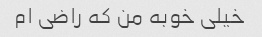
خیلی خوبه من که راضی ام